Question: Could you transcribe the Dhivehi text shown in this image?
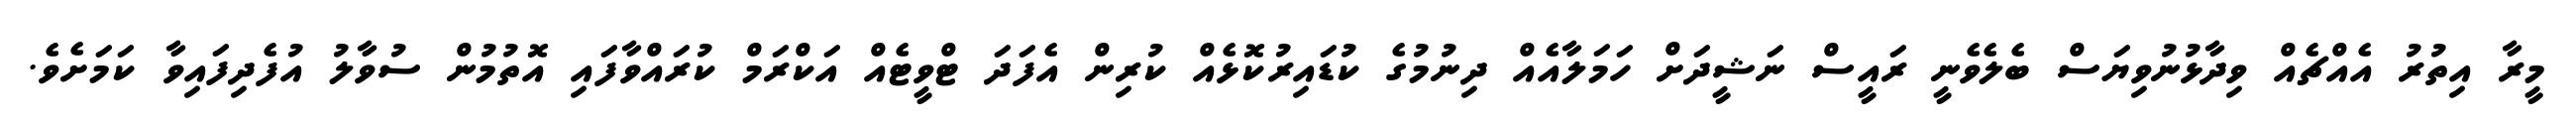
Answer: މީރާ އިތުރު އެއްޗެއް ވިދާޅުނުވިޔަސް ބެލެވެނީ ރައީސް ނަޝީދަށް ހަމަލާއެއް ދިނުމުގެ ކުޑައިރުކޮޅެއް ކުރިން އެފަދަ ޓްވީޓެއް އަކްރަމް ކުރައްވާފައި އޮތުމުން ސުވާލު އުފެދިފައިވާ ކަމަށެވެ.